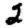
Digit: 2